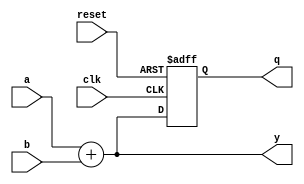
module behavioral_blocks (
    input wire clk,          // Clock input for the sequential block
    input wire reset,        // Reset signal for the sequential block
    input wire [3:0] a,      // 4-bit input for combinational block
    input wire [3:0] b,      // 4-bit input for combinational block
    output reg [3:0] y,      // 4-bit output for combinational block
    output reg [3:0] q       // 4-bit output for sequential block
);

// Combinational logic using always @*
always @* begin
    // Example: 4-bit adder
    y = a + b;               // Update output y based on current values of a and b
end

// Sequential logic using always @(posedge clk)
always @(posedge clk or posedge reset) begin
    if (reset) begin
        q <= 4'b0000;        // Reset output q to 0 on reset signal
    end else begin
        q <= y;              // Update output q with the value of y at the positive edge of the clock
    end
end

endmodule